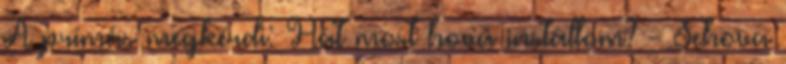
A prímás megkérdi: Hát most hova instállom? - Sehova